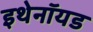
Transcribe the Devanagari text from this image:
इथेनॉयड